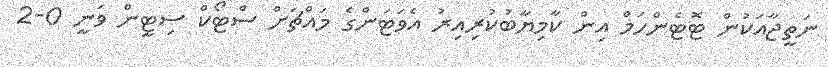
ނަތީޖާއަކުން ޓޮޓެންހަމް އިން ކާމިޔާބުކުރިއިރު އެވަޓަންގެ މައްޗަށް ސްޓޯކް ސިޓީން ވަނީ 0-2